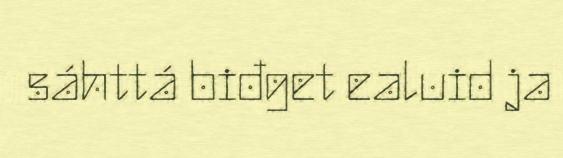
sáhttá biđget ealuid ja